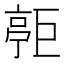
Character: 𪩧